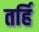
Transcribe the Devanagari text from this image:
तर्हि